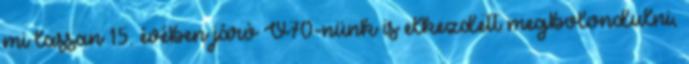
mi lassan 15. évében járó V70-nünk is elkezdett megbolondulni,